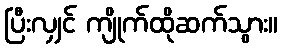
ပြီးလျှင် ကျိုက်ထိုဆက်သွား။